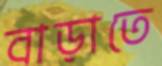
বাড়াতে